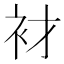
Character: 𲀦